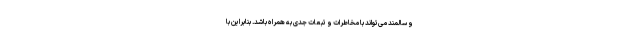
و سالمند می‌تواند با مخاطرات و تبعات جدی به همراه باشد. بنابراین با